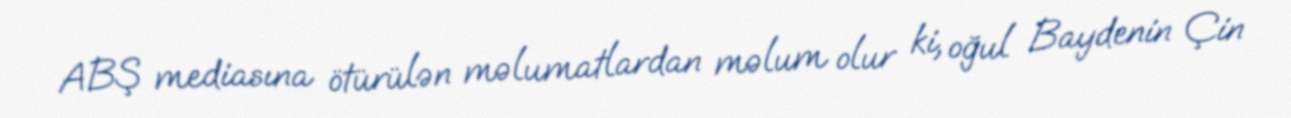
ABŞ mediasına ötürülən məlumatlardan məlum olur ki, oğul Baydenin Çin